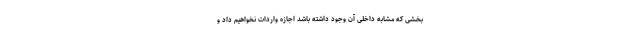
بخشی که مشابه داخلی آن وجود داشته باشد اجازه واردات نخواهیم داد و